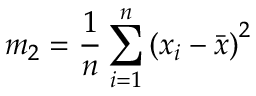
m _ { 2 } = { \frac { 1 } { n } } \sum _ { i = 1 } ^ { n } { ( x _ { i } - { \bar { x } } ) } ^ { 2 }